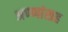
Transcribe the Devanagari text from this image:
अण्णांसह